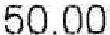
50.00